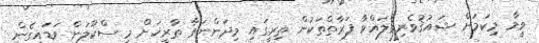
ވީމާ މިކަމަށް ޝައުޤުވެރިވެލައްވާ ފަރާތްތަކުން ތިރީގައި މިދަންނަވާ ތާރީޚަށް މި ސްކޫލަށް ވަޑައިގެން